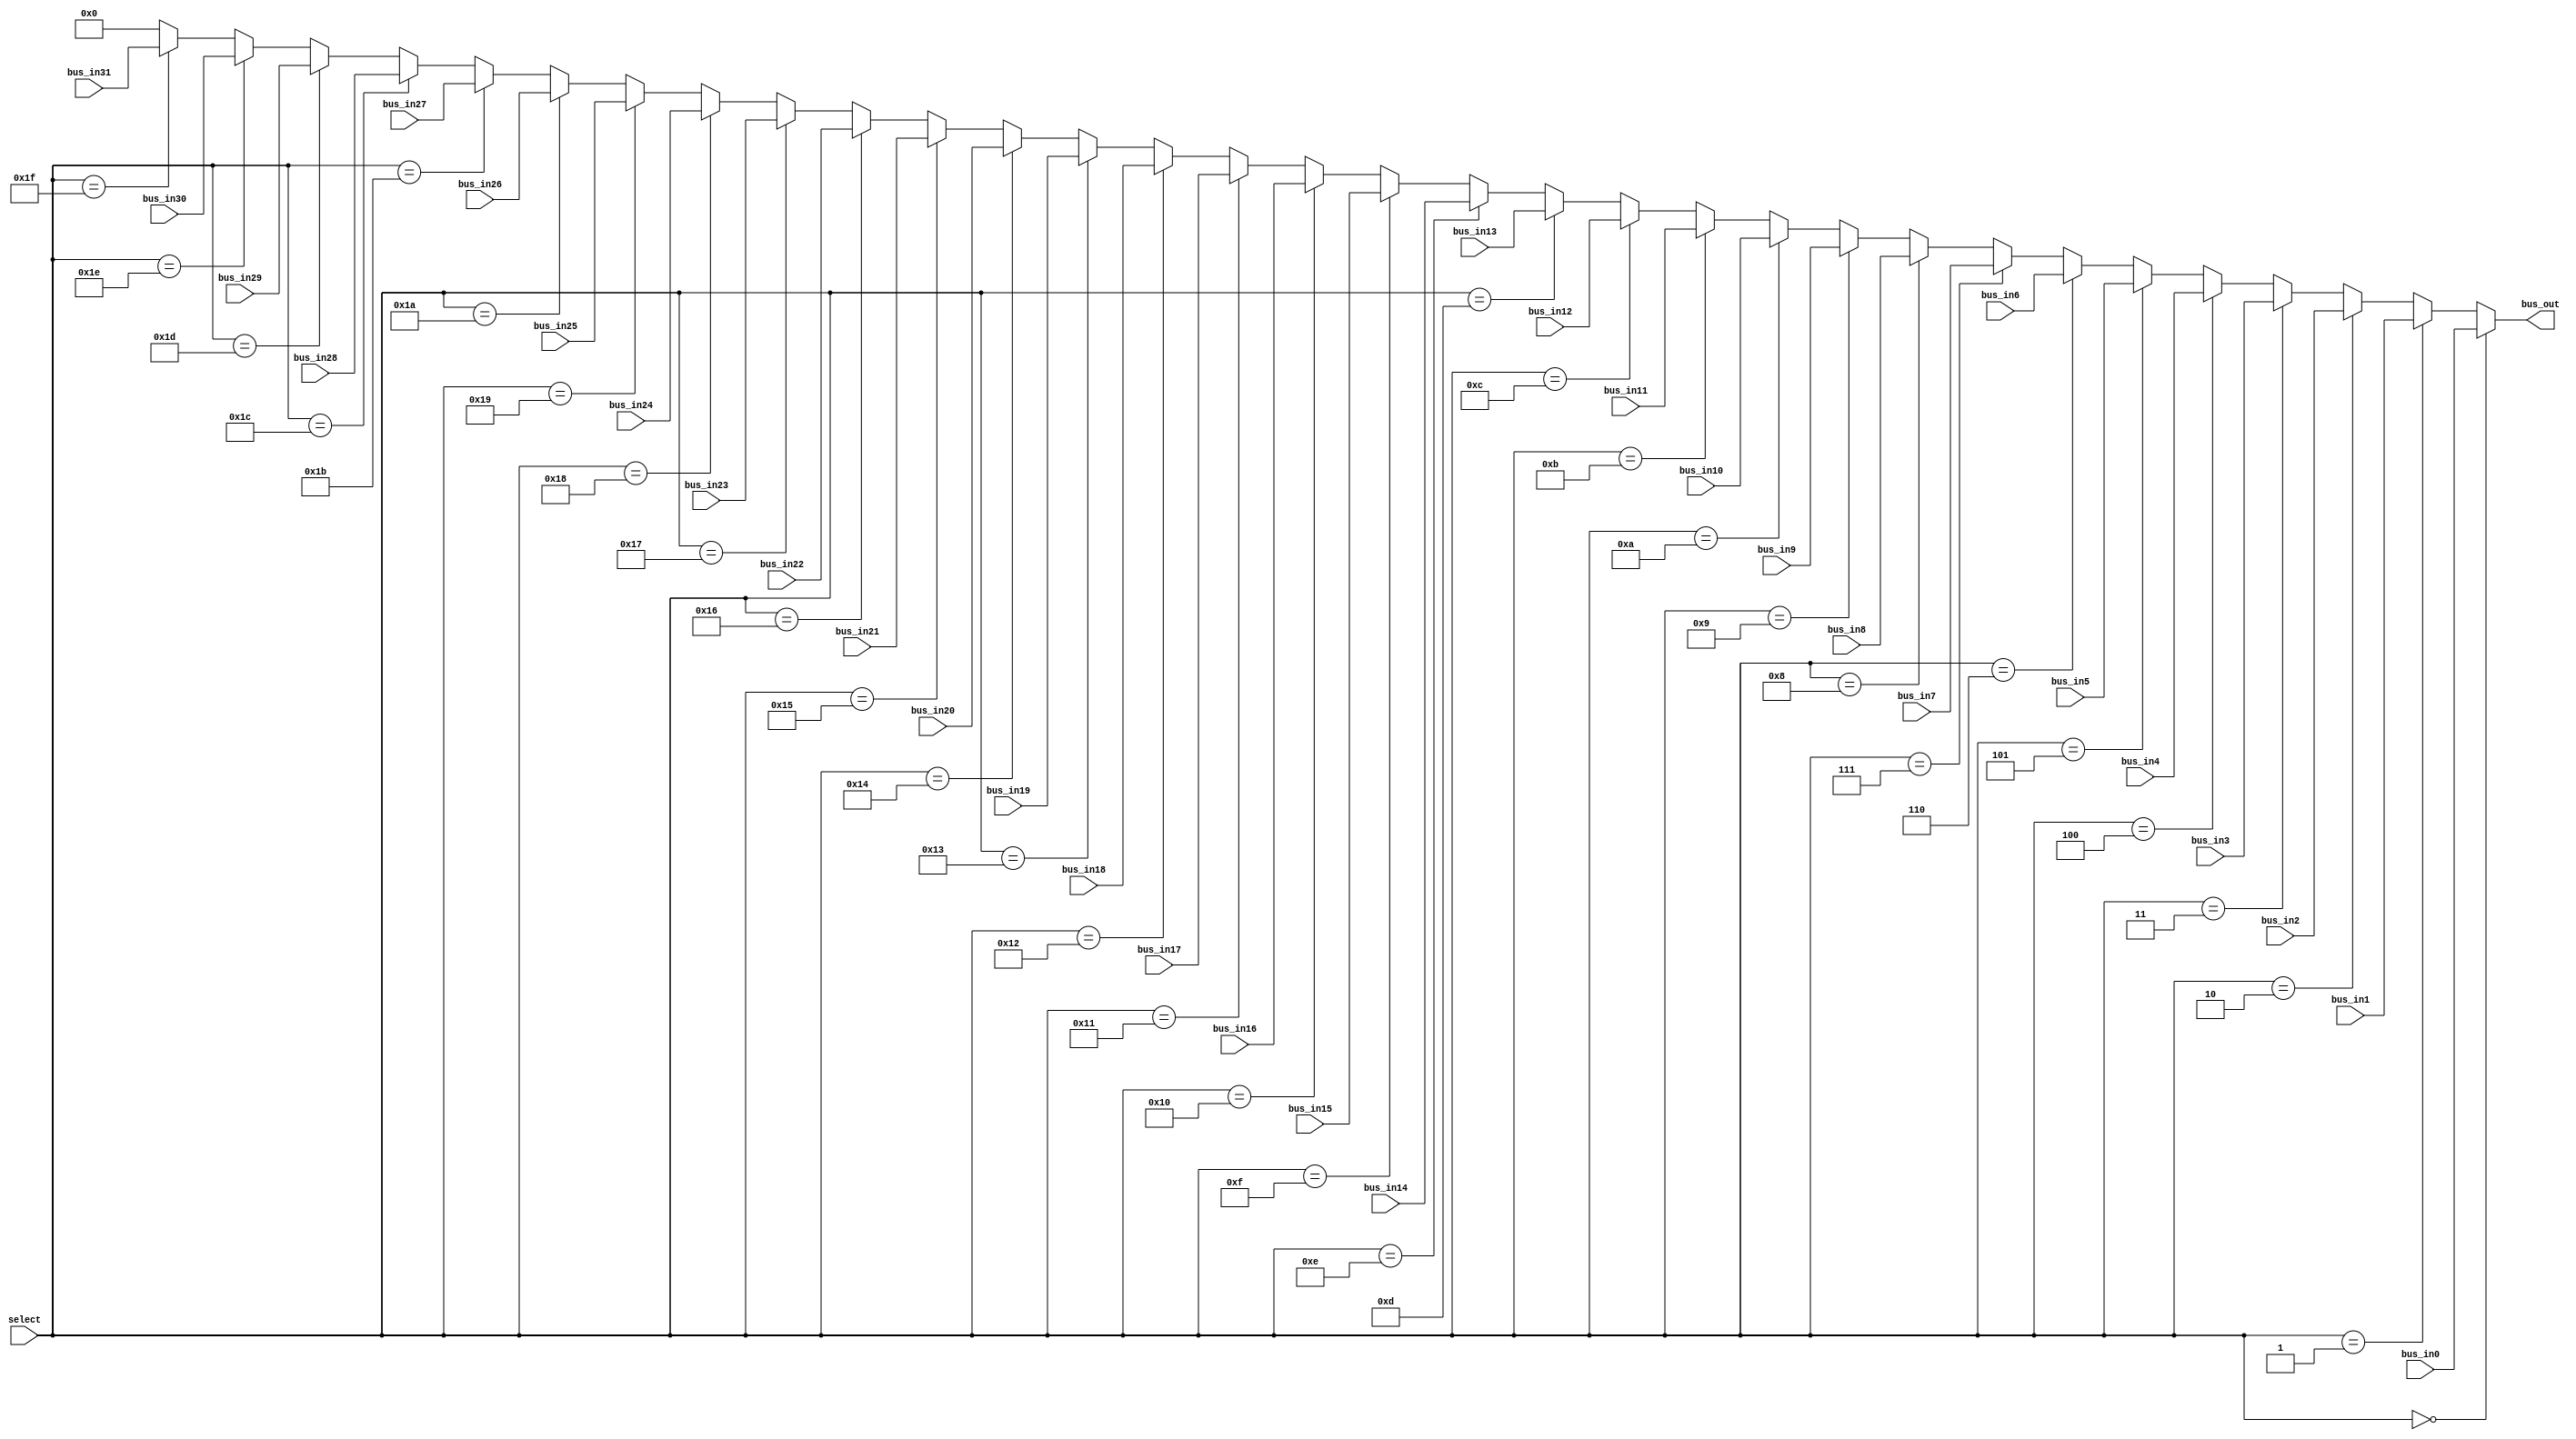
module mux32x1 #(parameter W=32)(bus_in0,bus_in1,bus_in2,bus_in3,
											bus_in4,bus_in5,bus_in6,bus_in7,
											bus_in8,bus_in9,bus_in10,bus_in11,
											bus_in12,bus_in13,bus_in14,bus_in15,
											bus_in16,bus_in17,bus_in18,bus_in19,
											bus_in20,bus_in21,bus_in22,bus_in23,
											bus_in24,bus_in25,bus_in26,bus_in27,
											bus_in28,bus_in29,bus_in30,bus_in31,										
											bus_out,select);

	input wire [4:0] select;
	input wire [(W-1):0] bus_in0,bus_in1,bus_in2,bus_in3,
											bus_in4,bus_in5,bus_in6,bus_in7,
											bus_in8,bus_in9,bus_in10,bus_in11,
											bus_in12,bus_in13,bus_in14,bus_in15,
											bus_in16,bus_in17,bus_in18,bus_in19,
											bus_in20,bus_in21,bus_in22,bus_in23,
											bus_in24,bus_in25,bus_in26,bus_in27,
											bus_in28,bus_in29,bus_in30,bus_in31;
	output wire [(W-1):0] bus_out;
	
	assign bus_out = (select==5'b00000) ? bus_in0:
						  (select==5'b00001) ? bus_in1:
						  (select==5'b00010) ? bus_in2:
						  (select==5'b00011) ? bus_in3:
						  (select==5'b00100) ? bus_in4:
						  (select==5'b00101) ? bus_in5:
						  (select==5'b00110) ? bus_in6:
						  (select==5'b00111) ? bus_in7:
						  (select==5'b01000) ? bus_in8:
						  (select==5'b01001) ? bus_in9:
						  (select==5'b01010) ? bus_in10:
						  (select==5'b01011) ? bus_in11:
						  (select==5'b01100) ? bus_in12:
						  (select==5'b01101) ? bus_in13:
						  (select==5'b01110) ? bus_in14:
						  (select==5'b01111) ? bus_in15:
						  (select==5'b10000) ? bus_in16:
						  (select==5'b10001) ? bus_in17:
						  (select==5'b10010) ? bus_in18:
						  (select==5'b10011) ? bus_in19:
						  (select==5'b10100) ? bus_in20:
						  (select==5'b10101) ? bus_in21:
						  (select==5'b10110) ? bus_in22:
						  (select==5'b10111) ? bus_in23:
						  (select==5'b11000) ? bus_in24:
						  (select==5'b11001) ? bus_in25:
						  (select==5'b11010) ? bus_in26:
						  (select==5'b11011) ? bus_in27:
						  (select==5'b11100) ? bus_in28:
						  (select==5'b11101) ? bus_in29:
						  (select==5'b11110) ? bus_in30:
						  (select==5'b11111) ? bus_in31:
						  0;
endmodule